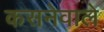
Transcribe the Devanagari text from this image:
कसनेवाले